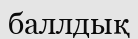
баллдық